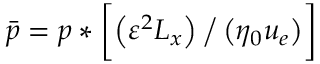
\Bar { p } = p * \biggl [ \left( \varepsilon ^ { 2 } L _ { x } \right) \big / \left( \eta _ { 0 } u _ { e } \right) \biggr ]